Rangoon Lunatic Asylum 1898-1906 - 1898-1906
Year: 1898
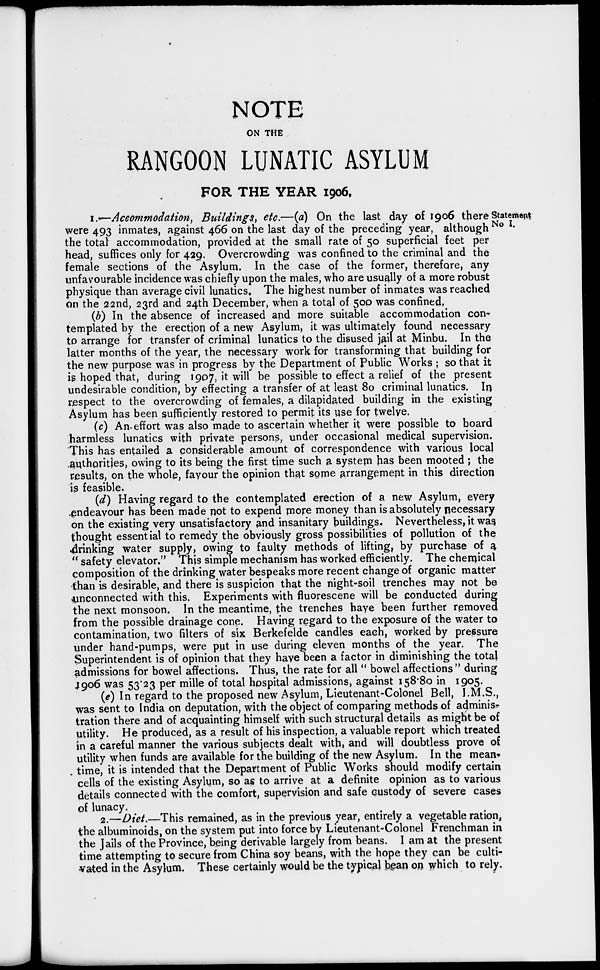
NOTE
ON THE
RANGOON LUNATIC ASYLUM
FOR THE YEAR 1906.
Statement
No I.
1.—Accommodation, Buildings, etc.—(a) On the last day of 1906 there
were 493 inmates, against 466 on the last day of the preceding year, although
the total accommodation, provided at the small rate of 50 superficial feet per
head, suffices only for 429. Overcrowding was confined to the criminal and the
female sections of the Asylum. In the case of the former, therefore, any
unfavourable incidence was chiefly upon the males, who are usually of a more robust
physique than average civil lunatics. The highest number of inmates was reached
on the 22nd, 23rd and 24th December, when a total of 500 was confined.
(b) In the absence of increased and more suitable accommodation con-
templated by the erection of a new Asylum, it was ultimately found necessary
to arrange for transfer of criminal lunatics to the disused jail at Minbu. In the
latter months of the year, the necessary work for transforming that building for
the new purpose was in progress by the Department of Public Works ; so that it
is hoped that, during 1907, it will be possible to effect a relief of the present
undesirable condition, by effecting a transfer of at least 80 criminal lunatics. In
respect to the overcrowding of females, a dilapidated building in the existing
Asylum has been sufficiently restored to permit its use for twelve.
(c) An effort was also made to ascertain whether it were possible to board
harmless lunatics with private persons, under occasional medical supervision.
This has entailed a considerable amount of correspondence with various local
authorities, owing to its being the first time such a system has been mooted ; the
results, on the whole, favour the opinion that some arrangement in this direction
is feasible.
(d) Having regard to the contemplated erection of a new Asylum, every
endeavour has been made not to expend more money than is absolutely necessary
on the existing very unsatisfactory and insanitary buildings. Nevertheless, it was
thought essential to remedy the obviously gross possibilities of pollution of the
drinking water supply, owing to faulty methods of lifting, by purchase of a
" safety elevator." This simple mechanism has worked efficiently. The chemical
composition of the drinking water bespeaks more recent change of organic matter
than is desirable, and there is suspicion that the night-soil trenches may not be
unconnected with this. Experiments with fluorescene will be conducted during
the next monsoon. In the meantime, the trenches have been further removed
from the possible drainage cone. Having regard to the exposure of the water to
contamination, two filters of six Berkefelde candles each, worked by pressure
under hand-pumps, were put in use during eleven months of the year. The
Superintendent is of opinion that they have been a factor in diminishing the total
admissions for bowel affections. Thus, the rate for all " bowel affections" during
1906 was 53.23 per mille of total hospital admissions, against 158.80 in 1905.
(e) In regard to the proposed new Asylum, Lieutenant-Colonel Bell, I.M.S.,
was sent to India on deputation, with the object of comparing methods of adminis-
tration there and of acquainting himself with such structural details as might be of
utility. He produced, as a result of his inspection, a valuable report which treated
in a careful manner the various subjects dealt with, and will doubtless prove of
utility when funds are available for the building of the new Asylum. In the mean-
time, it is intended that the Department of Public Works should modify certain
cells of the existing Asylum, so as to arrive at a definite opinion as to various
details connected with the comfort, supervision and safe custody of severe cases
of lunacy.
2.—Diet.—This remained, as in the previous year, entirely a vegetable ration,
the albuminoids, on the system put into force by Lieutenant-Colonel Frenchman in
the Jails of the Province, being derivable largely from beans. I am at the present
time attempting to secure from China soy beans, with the hope they can be culti-
vated in the Asylum. These certainly would be the typical bean on which to rely.